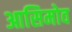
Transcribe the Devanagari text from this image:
आसिमोव